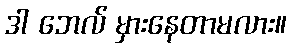
ဒါ ဘေလ် မှားနေတာမလား။